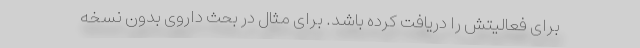
برای فعالیتش را دریافت کرده باشد. برای مثال در بحث داروی بدون نسخه